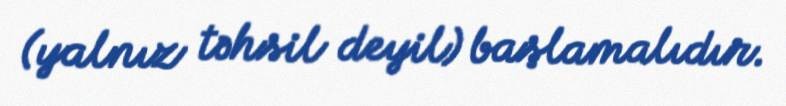
(yalnız təhsil deyil) başlamalıdır.